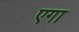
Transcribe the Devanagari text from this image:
एगा